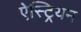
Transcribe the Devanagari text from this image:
ऐस्ट्रियम